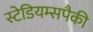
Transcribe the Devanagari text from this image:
स्टेडियम्सपैकी